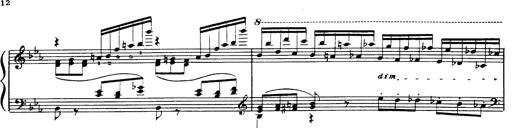
Title: Danza sacra e duetto finale dâ€™Aida
Composer: Franz Liszt